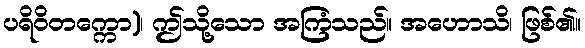
ပရိဝိတက္ကော)၊ ဤသို့သော အကြံသည်။ အဟောသိ၊ ဖြစ်၏။